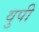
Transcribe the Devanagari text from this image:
वुपी